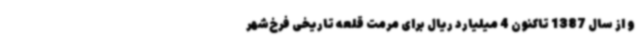
و از سال 1387 تاکنون 4 میلیارد ریال برای مرمت قلعه تاریخی فرخ‌شهر